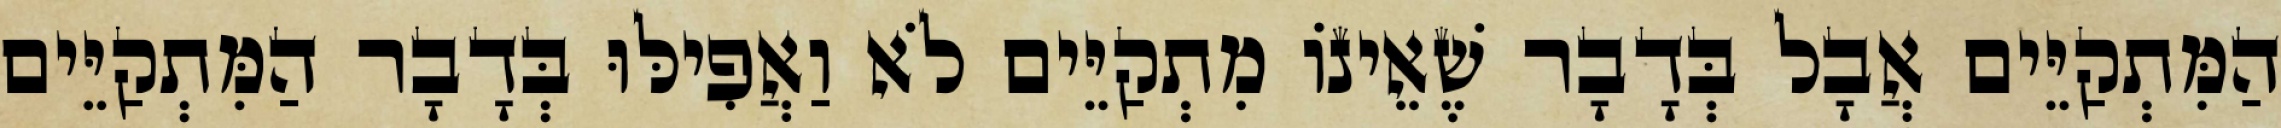
הַמִּתְקַיֵּים אֲבָל בְּדָבָר שֶׁאֵינוֹ מִתְקַיֵּים לֹא וַאֲפִילּוּ בְּדָבָר הַמִּתְקַיֵּים